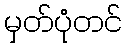
မှတ်ပုံတင်